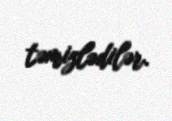
təmizlədilər.